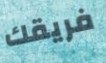
فريقك